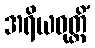
အရိယဝုတ္တိံ